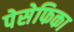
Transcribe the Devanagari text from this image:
पेसेफिका